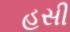
હસી